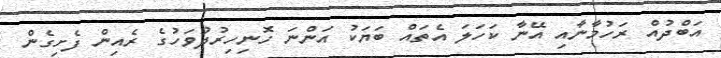
އަބްދުއް ރަހުމާނާއި އޭނާ ކަހަލަ އެތައް ބަޔަކު އަންނަ ހޮނިހިރުދުވަހުގެ ރެއިން ފެށިގެން